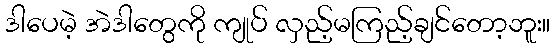
ဒါပေမဲ့ အဲဒါတွေကို ကျုပ် လှည့်မကြည့်ချင်တော့ဘူး။